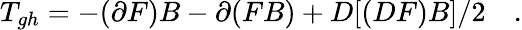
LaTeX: T_{gh}=-(\partial F)B-\partial(FB)+D[(DF)B]/2\quad.